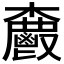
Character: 𮫗